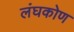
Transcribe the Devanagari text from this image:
लंघकोण